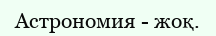
Астрономия - жоқ.